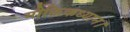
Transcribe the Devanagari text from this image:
मौक्तिकध्यान।